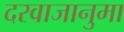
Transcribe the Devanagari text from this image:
दरवाजानुमा